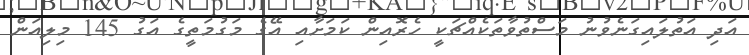
އަދި އަތުލައިގަނެވުނު މަސްތުވާތަކެއްޗަކީ ހެރޮއިން ކަމަށާއި އޭގެ މަގުމަތީގެ އަގު 145 މިލިއަން